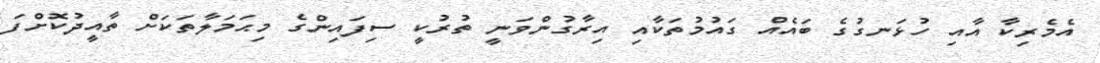
އެމެރިކާ އާއި ހުޅަނގުގެ ބައެއް ގައުމުތަކާއި އިރާގުންވަނީ ތުރުކީ ސިފައިންގެ މިޙަމަލާތަކަށް ތާއީދުކޮށްފަ